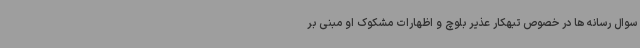
سوال رسانه ها در خصوص تبهکار عذیر بلوچ و اظهارات مشکوک او مبنی بر